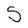
Character: S